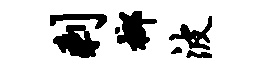
剩榔波